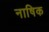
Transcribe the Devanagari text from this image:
नाषिक